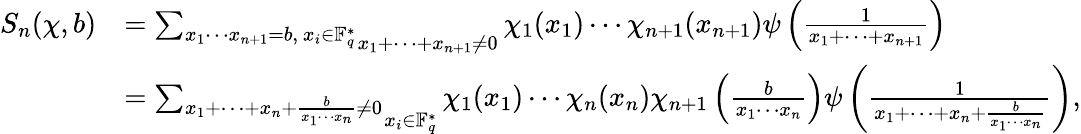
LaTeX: \begin{array}{rl}{S_{n}(\chi,b)}&{=\mathop{\sum_{x_{1}\cdots x_{n+1}=b,~x_{i}\in\mathbb{F}_{q}^{*}}}_{x_{1}+\cdots+x_{n+1}\neq 0}\chi_{1}(x_{1})\cdots\chi_{n+1}(x_{n+1})\psi\left(\frac{1}{x_{1}+\cdots+x_{n+1}}\right)}\\ &{=\mathop{\sum_{x_{1}+\cdots+x_{n}+\frac{b}{x_{1}\cdots x_{n}}\neq 0}}_{x_{i}\in\mathbb{F}_{q}^{*}}\chi_{1}(x_{1})\cdots\chi_{n}(x_{n})\chi_{n+1}\left(\frac{b}{x_{1}\cdots x_{n}}\right)\psi\left(\frac{1}{x_{1}+\cdots+x_{n}+\frac{b}{x_{1}\cdots x_{n}}}\right),}\end{array}